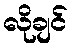
လိုချင်